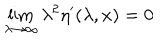
\lim _ { \lambda \rightarrow \infty } \lambda ^ { 2 } \eta ^ { \prime } ( \lambda , x ) = 0